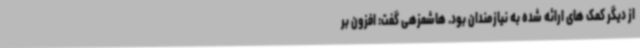
از دیگر کمک های ارائه شده به نیازمندان بود. هاشمزهی گفت: افزون بر